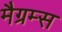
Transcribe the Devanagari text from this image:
मैग्रम्स